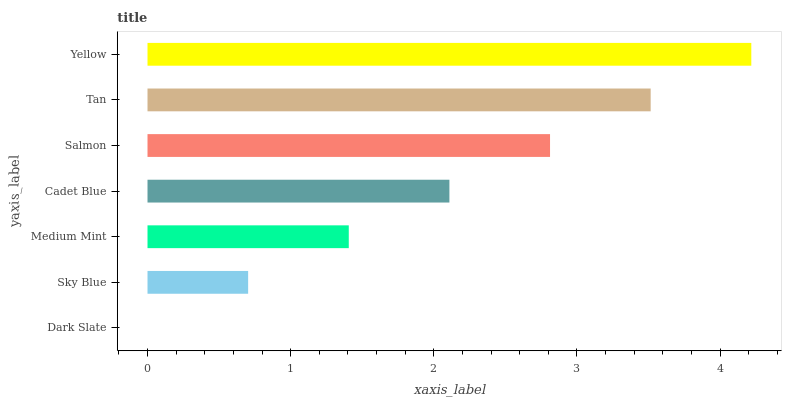
| yaxis_label | bars |
 | --- | --- |
 | Dark Slate | 0 |
 | Sky Blue | 0.703 |
 | Medium Mint | 1.41 |
 | Cadet Blue | 2.11 |
 | Salmon | 2.81 |
 | Tan | 3.51 |
 | Yellow | 4.22 |